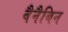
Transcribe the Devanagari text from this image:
वैनैबिन